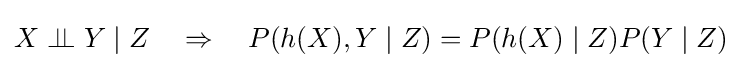
X\perp \!\!\!\perp Y\mid Z\quad \Rightarrow \quad P(h(X),Y\mid Z)=P(h(X)\mid Z)P(Y\mid Z)